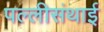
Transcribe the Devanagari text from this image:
पल्‍लीसंथाई